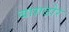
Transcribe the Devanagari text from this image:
बाग़डोर